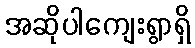
အဆိုပါကျေးရွာရှိ